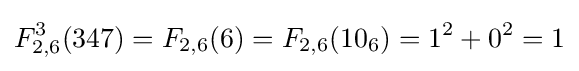
F_{2,6}^{3}(347)=F_{2,6}(6)=F_{2,6}(10_{6})=1^{2}+0^{2}=1